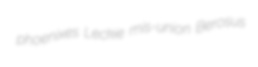
phoenixes Leckie mis-union Berosus